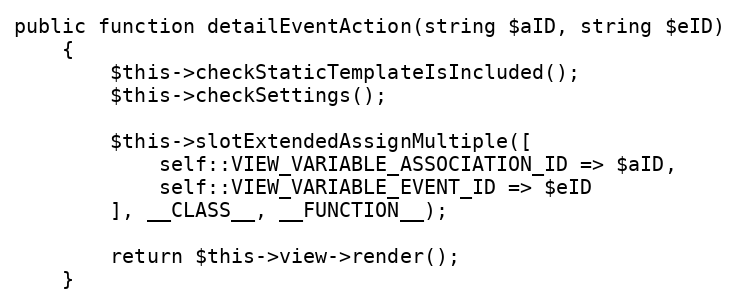
Language: PHP
public function detailEventAction(string $aID, string $eID)
    {
        $this->checkStaticTemplateIsIncluded();
        $this->checkSettings();

        $this->slotExtendedAssignMultiple([
            self::VIEW_VARIABLE_ASSOCIATION_ID => $aID,
            self::VIEW_VARIABLE_EVENT_ID => $eID
        ], __CLASS__, __FUNCTION__);

        return $this->view->render();
    }